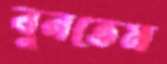
বুনতেম